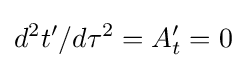
d^{2}t'/d\tau ^{2}=A_{t}^{\prime }=0